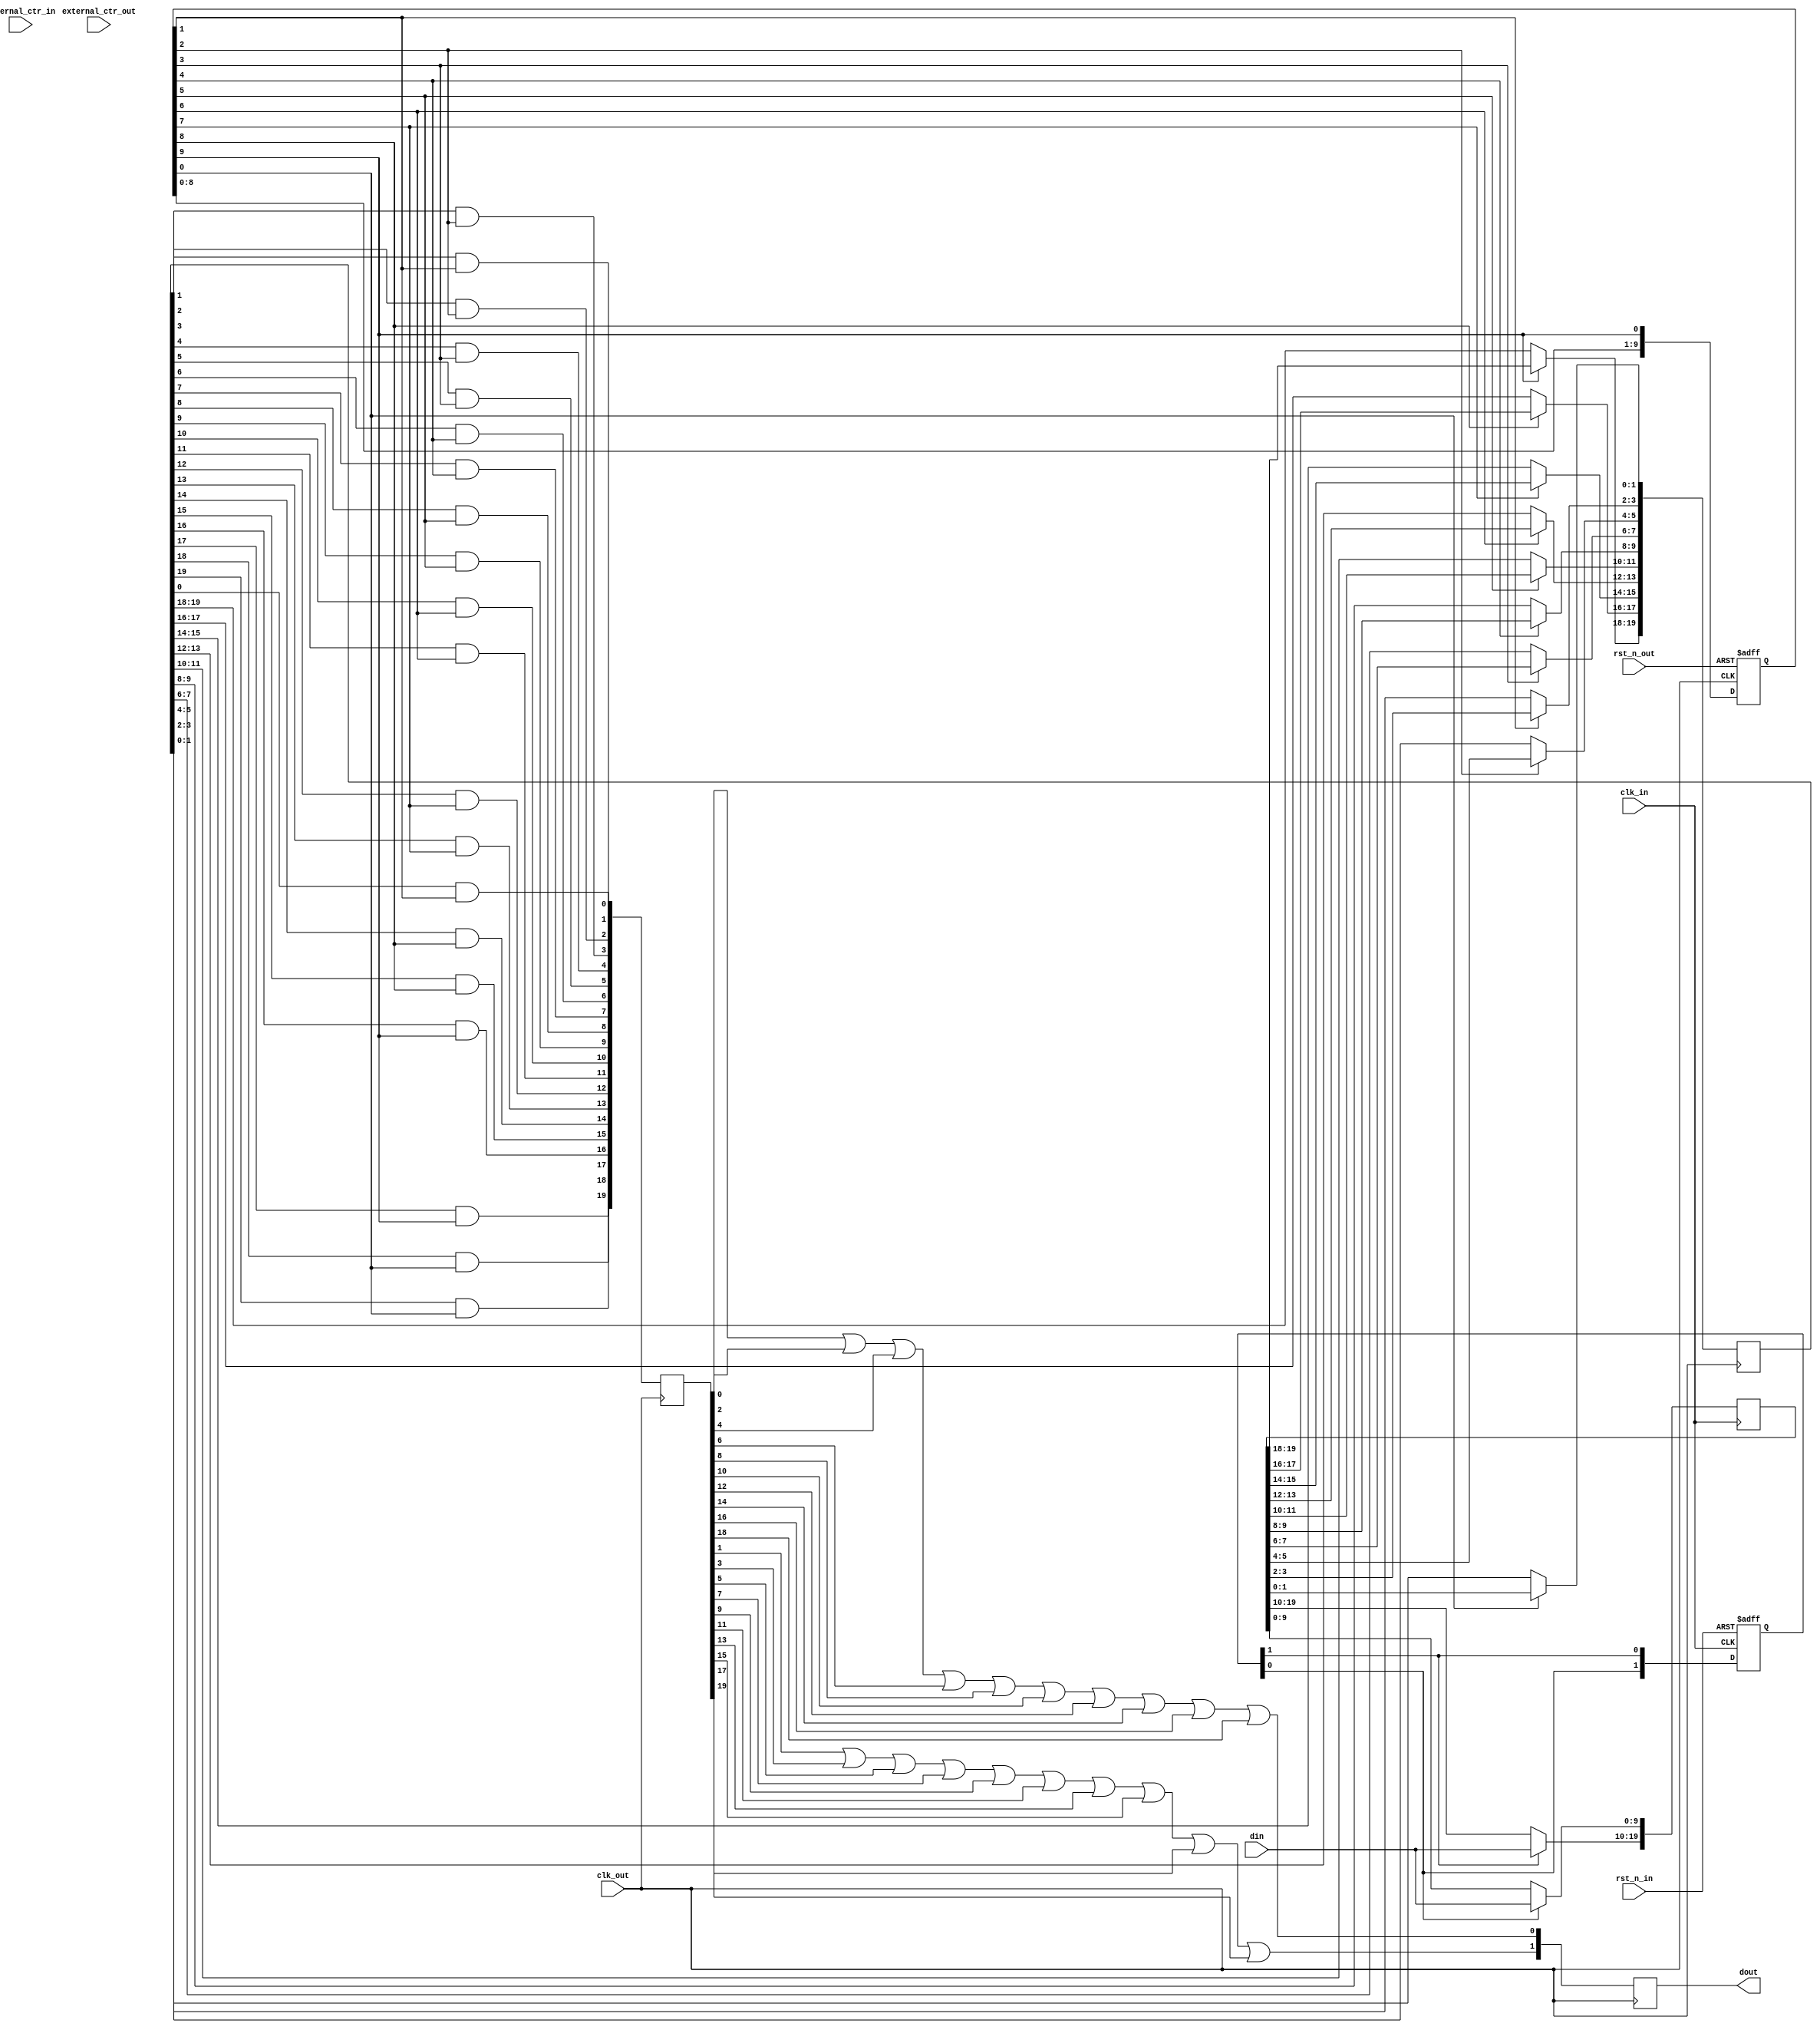
/**********************************************************************
 * DO WHAT THE FUCK YOU WANT TO AND DON'T BLAME US PUBLIC LICENSE     *
 *                    Version 3, April 2008                           *
 *                                                                    *
 * Copyright (C) 2020 Luke Wren                                       *
 *                                                                    *
 * Everyone is permitted to copy and distribute verbatim or modified  *
 * copies of this license document and accompanying software, and     *
 * changing either is allowed.                                        *
 *                                                                    *
 *   TERMS AND CONDITIONS FOR COPYING, DISTRIBUTION AND MODIFICATION  *
 *                                                                    *
 * 0. You just DO WHAT THE FUCK YOU WANT TO.                          *
 * 1. We're NOT RESPONSIBLE WHEN IT DOESN'T FUCKING WORK.             *
 *                                                                    *
 *********************************************************************/

// Clock-crossing gearbox. Pack/unpack a parallel bus n bits wide at f MHz
// into a bus n / k bits wide at f * k MHz. The two clocks must derive from a
// common root oscillator.
//
// Ideally rst_n_in and rst_n_out should be derived from the same asynchronous
// reset, but each with their deassertion synchronised to the respective clock
// domain.
//
// Some pseudocode for selecting a reasonable storage size:
//
// size = lowest_common_multiple(W_IN, W_OUT)
// while size < W_IN * 4 or size < W_OUT * 4:
//     size = size * 2

 module gearbox #(
	parameter W_IN = 10,
	parameter W_OUT = 2,
	// You should set this by hand, it may be hugely pessimistic *or* optimistic:
	parameter STORAGE_SIZE = W_IN * W_OUT,
	// Reduce the granularity of capture clock enable to help PLB packing on
	// iCE40 (careful with your divisibility):
	parameter CE_GROUPING_FACTOR = 1,
	// Use external counters, which can be shared between gearboxes, for bigger
	// CE groups and better PLB packing on iCE40:
	parameter USE_EXTERNAL_COUNTERS = 0
) (
	input  wire                              clk_in,
	input  wire                              rst_n_in,
	input  wire [W_IN-1:0]                   din,

	input  wire                              clk_out,
	input  wire                              rst_n_out,
	output reg  [W_OUT-1:0]                  dout,

	// Disconnect unless USE_EXTERNAL_COUNTERS is set:
	input  wire [STORAGE_SIZE / W_IN - 1:0]  external_ctr_in,
	input  wire [STORAGE_SIZE / W_OUT - 1:0] external_ctr_out
);

localparam N_IN = STORAGE_SIZE / W_IN;
localparam N_OUT = STORAGE_SIZE / W_OUT;

(* keep = 1'b1 *) reg [STORAGE_SIZE-1:0] launch_reg;
(* keep = 1'b1 *) reg [STORAGE_SIZE-1:0] capture_reg;

// ----------------------------------------------------------------------------
// Apply transitions to sections of launch register, in a circular manner,
// across successive clk_in cycles

reg [N_IN-1:0] wmask;

generate
if (USE_EXTERNAL_COUNTERS) begin: no_wctr
	always @ (*) wmask = external_ctr_in;
end else begin: has_wctr
	always @ (posedge clk_in or negedge rst_n_in) begin
		if (!rst_n_in) begin
			wmask <= {{N_IN-1{1'b0}}, 1'b1};
		end else begin
			wmask <= {wmask[N_IN-2:0], wmask[N_IN-1]};
		end
	end
end
endgenerate

always @ (posedge clk_in) begin: wport
	integer i;
	for (i = 0; i < N_IN; i = i + 1) begin
		if (wmask[i])
			launch_reg[i * W_IN +: W_IN] <= din;
	end
end

// ----------------------------------------------------------------------------
// Apply enables to sections of capture register, in a circular manner, across
// successive clk_out cycles (hopefully staying distant from the transitions!)

reg [N_OUT-1:0] rmask;

generate
if (USE_EXTERNAL_COUNTERS) begin: no_rctr
	always @ (*) rmask = external_ctr_out;
end else begin: has_rctr
	always @ (posedge clk_out or negedge rst_n_out) begin
		if (!rst_n_out) begin
			// Reads start as far as possible from writes
			rmask <= {{N_OUT-1{1'b0}}, 1'b1} << (N_OUT / 2);
		end else begin
			rmask <= {rmask[N_OUT-2:0], rmask[N_OUT-1]};
		end
	end
end
endgenerate

always @ (posedge clk_out) begin: capture_proc
	integer i;
	for (i = 0; i < N_OUT; i = i + 1) begin
		if (rmask[i / CE_GROUPING_FACTOR * CE_GROUPING_FACTOR])
			capture_reg[i * W_OUT +: W_OUT] <= launch_reg[i * W_OUT +: W_OUT];
	end
end

// ----------------------------------------------------------------------------
// CDC done, now on to the muxing

wire [N_OUT-1:0] rmask_delayed = {rmask[0], rmask[N_OUT-1:1]};
reg [STORAGE_SIZE-1:0] captured_masked;

always @ (posedge clk_out) begin: output_mask
	integer i;
	for (i = 0; i < STORAGE_SIZE; i = i + 1) begin
		captured_masked[i] <= capture_reg[i] && rmask_delayed[i / W_OUT];
	end
end

// Do the OR reduction in one cycle. For 20 storage flops this is a 10:1
// reduction, which costs 2 LUT delays. Easiest way to reduce further is to add
// an empty pipe stage afterward and tell the tools to retime :) OR reductions
// are very retimable.

reg [W_OUT-1:0] muxed;

always @ (*) begin: output_mux
	integer i, j;
	for (i = 0; i < W_OUT; i = i + 1) begin
		muxed[i] = 1'b0;
		for (j = 0; j < N_OUT; j = j + 1) begin
			muxed[i] = muxed[i] || captured_masked[j * W_OUT + i];
		end
	end
end

always @ (posedge clk_out) begin
	dout <= muxed;
end

endmodule